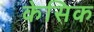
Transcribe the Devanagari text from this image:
केसिक